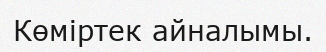
Көміртек айналымы.